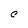
Character: l